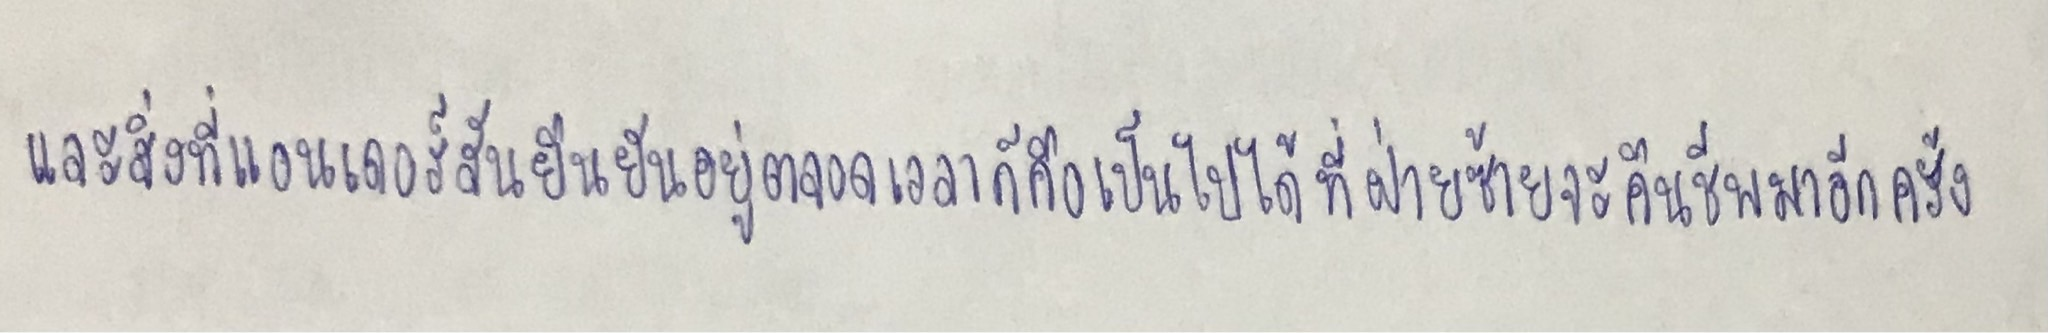
และสิ่งที่แอนเดอร์สันยืนยันอยู่ตลอดเวลาก็คือเป็นไปได้ที่ฝ่ายซ้ายจะคืนชีพมาอีกครั้ง